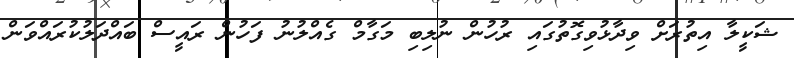
ޝަކީލާ އިތުރަށް ވިދާޅުވިގޮތުގައި ރުހުން ނުލިބި މަގާމް ގެއްލުނު ފަހުން ރައީސް ބައްދަލުކުރައްވަން